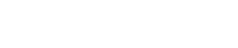
တင်သွင်းခဲ့တာ ဖြစ်ပါတယ်။